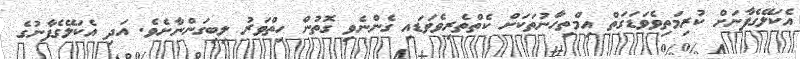
އެކަލޭގެފާނަށް ކުރިމަތިވެވަޑަގަތް އިމްތިހާނުތަކަށް ކެތްތެރިވެވަޑައި ގެންނެވި ގޮތުން ހިތްވަރު ލިބިގަންނާށެވެ. އަދި އެކަލޭގެފާނުގެ